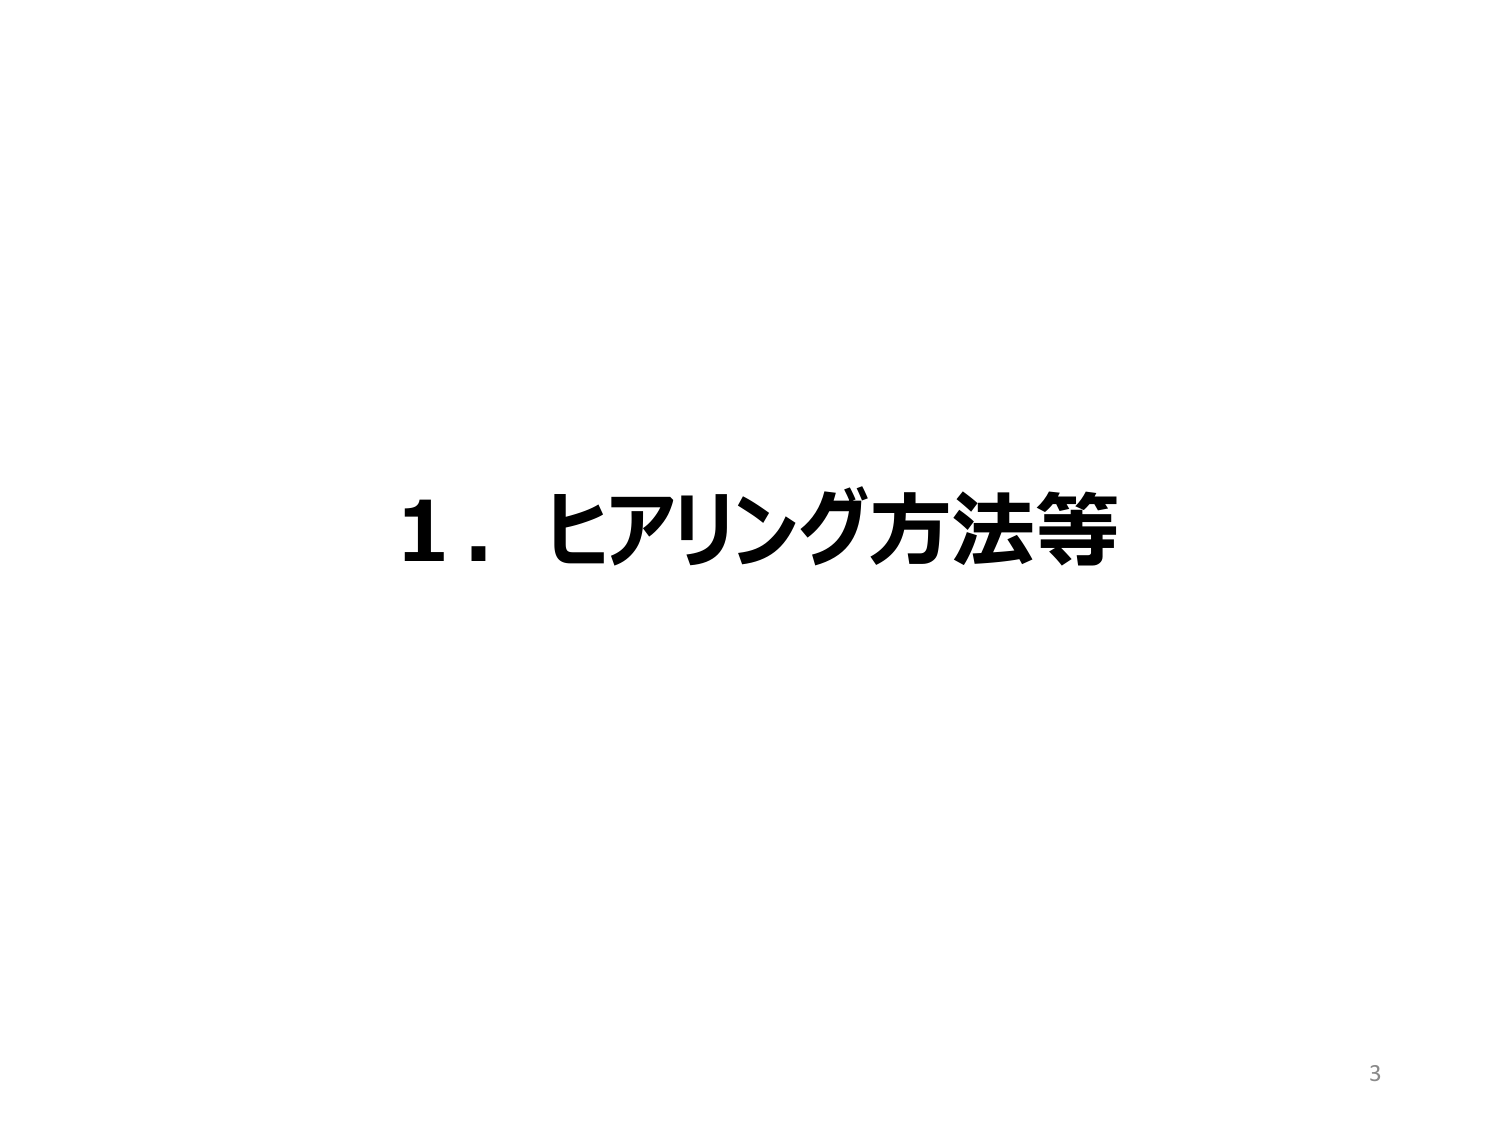
1．ヒアリング方法等
3